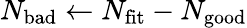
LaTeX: N_{\mathrm{bad}}\leftarrow N_{\mathrm{fit}}-N_{\mathrm{good}}